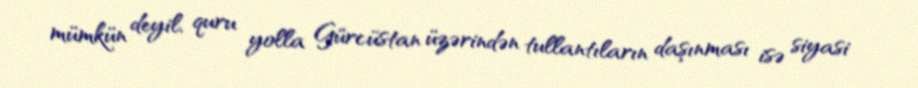
mümkün deyil, quru yolla Gürcüstan üzərindən tullantıların daşınması isə siyasi